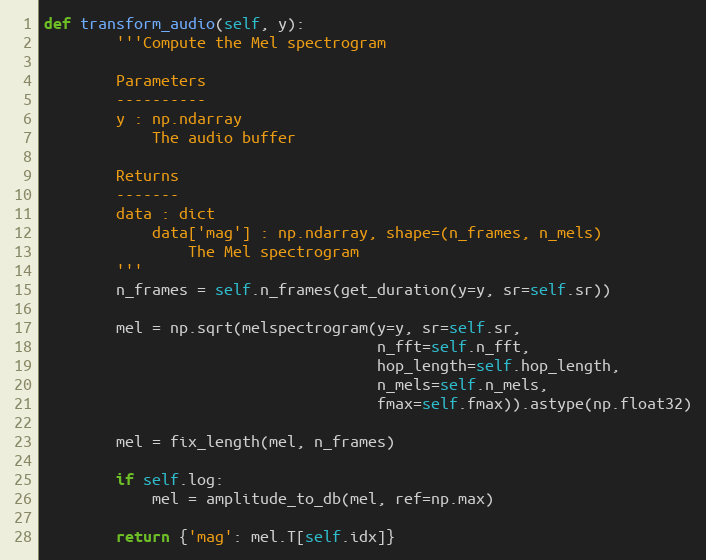
Language: Python
def transform_audio(self, y):
        '''Compute the Mel spectrogram

        Parameters
        ----------
        y : np.ndarray
            The audio buffer

        Returns
        -------
        data : dict
            data['mag'] : np.ndarray, shape=(n_frames, n_mels)
                The Mel spectrogram
        '''
        n_frames = self.n_frames(get_duration(y=y, sr=self.sr))

        mel = np.sqrt(melspectrogram(y=y, sr=self.sr,
                                     n_fft=self.n_fft,
                                     hop_length=self.hop_length,
                                     n_mels=self.n_mels,
                                     fmax=self.fmax)).astype(np.float32)

        mel = fix_length(mel, n_frames)

        if self.log:
            mel = amplitude_to_db(mel, ref=np.max)

        return {'mag': mel.T[self.idx]}